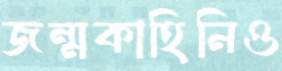
জন্মকাহিনিও